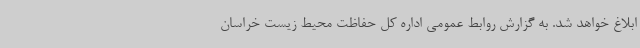
ابلاغ خواهد شد. به گزارش روابط عمومی اداره کل حفاظت محیط زیست خراسان